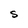
Character: S